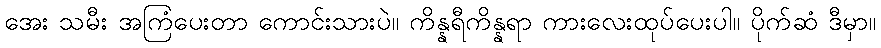
အေး သမီး အကြံပေးတာ ကောင်းသားပဲ။ ကိန္နရီကိန္နရာ ကားလေးထုပ်ပေးပါ။ ပိုက်ဆံ ဒီမှာ။